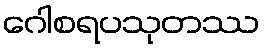
ဂေါစရပသုတဿ